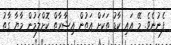
ފެނުނެވެ. މޭ އައި ކާޑު ތަކަށް އަތުން އިޝާރާތް ކޮށްލަމުން މާޔާ ގާތު